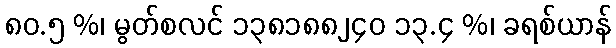
၈၀.၅ %၊ မွတ်စလင် ၁၃၈၁၈၈၂၄၀ ၁၃.၄ %၊ ခရစ်ယာန်